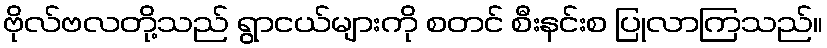
ဗိုလ်ဗလတို့သည် ရွာငယ်များကို စတင် စီးနင်းစ ပြုလာကြသည်။